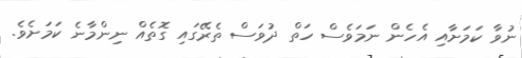
ނުވާ ކަމަށާއި އެހެން ނަމަވެސް ހަތް ދުވަސް ތެރޭގައި ގޮތެއް ނިންމާނެ ކަމަށެވެ.